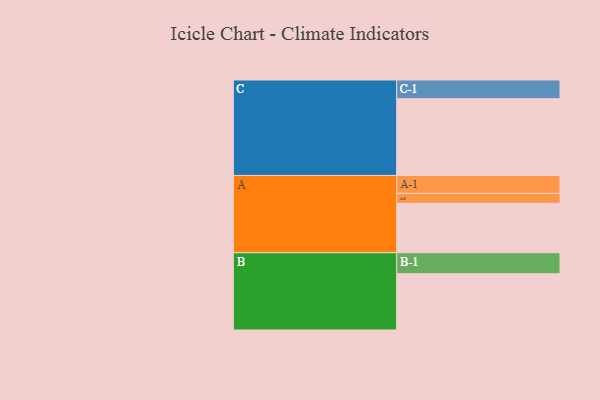
{"axis": {"x": "Segment", "y": "Value"}, "legend": ["", "A", "B", "C"], "data": [{"x": "A", "y": 370, "type": ""}, {"x": "B", "y": 421, "type": ""}, {"x": "C", "y": 574, "type": ""}, {"x": "A-1", "y": 134, "type": "A"}, {"x": "A-2", "y": 74, "type": "A"}, {"x": "B-1", "y": 157, "type": "B"}, {"x": "C-1", "y": 140, "type": "C"}]}